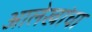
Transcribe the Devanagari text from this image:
आलेखांचा